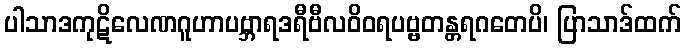
ပါသာဒကုဋိလေဏဂူဟာပဗ္ဘာရဒရီဗီလဝိဝရပဗ္ဗတန္တရဂတေပိ၊ ပြာသာဒ်ထက်